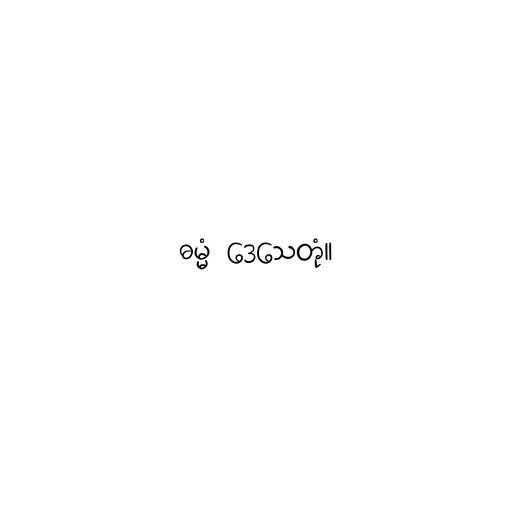
ဓမ္မံ ဒေသေတုံ။